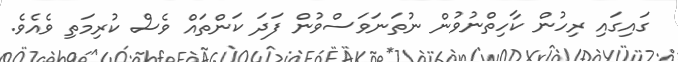
ގައިގައި ރިހުން ކާހިތްނުވުން ނުތަނަވަސްވުން ފަދަ ކަންތައް ވެސް ކުރިމަތި ވެއެވެ.